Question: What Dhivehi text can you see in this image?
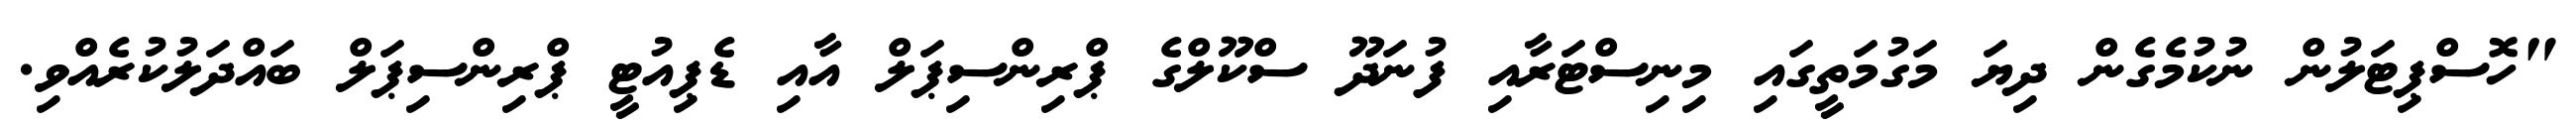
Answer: "ހޮސްޕިޓަލުން ނުކުމެގެން ދިޔަ މަގުމަތީގައި މިނިސްޓަރާއި ފުނަދޫ ސްކޫލްގެ ޕްރިންސިޕަލް އާއި ޑެޕިއުޓީ ޕްރިންސިޕަލް ބައްދަލުކުރެއްވި.